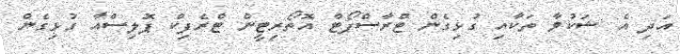
އަދި އެ ޝަކުވާ ތަކާއި ގުޅިގެން ޓްރާސްޕޯޓް އޮތޯރިޓީން ޓްރެފިކް ޕޮލިސްއާ ގުޅިގެން